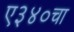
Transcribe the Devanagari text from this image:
ए३४०चा